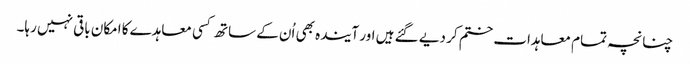
چنانچہ تمام معاہدات ختم کر دیے گئے ہیں اور آیندہ بھی اُن کے ساتھ کسی معاہدے کا امکان باقی نہیں رہا۔